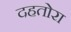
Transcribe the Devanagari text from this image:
दहतोरा